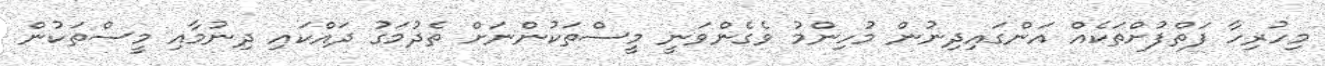
މިހުރިހާ ފަތްފުށްތަކެއް އަންގައިދިނުން މުހިންމު ވެގެންވަނީ މީސްތަކުންނަށް ތެދުމަގު ދައްކައި ދިނުމާއި މީސްތަކުން